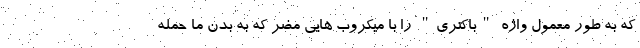
که به طور معمول واژه "باکتری" را با میکروب هایی مضر که به بدن ما حمله